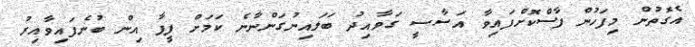
އެގޮތުން މިފަހުން ފާސްކޮށްފައިވާ އަސާސީ ގަވާއިދު ބަލައިނުގަންނާނެ ކަމަށް ފީފާ އިން ބުނެފައިވާއިރު